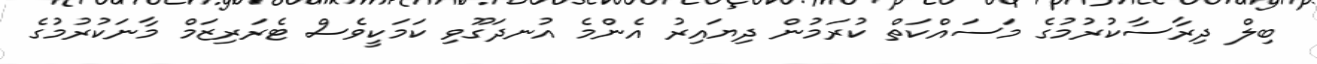
ބިލް ދިރާސާކުރުމުގެ މަސައްކަތް ކުރަމުން ދިޔައިރު އެންމެ އުނދަގޫވި ކަމަކީވެސް ޓެރަރިޒަމް މާނަކުރުމުގެ